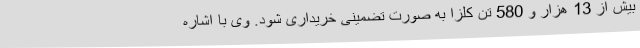
بیش از 13 هزار و 580 تن کلزا به صورت تضمینی خریداری شود. وی با اشاره